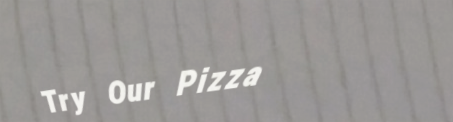
Try Our Pizza